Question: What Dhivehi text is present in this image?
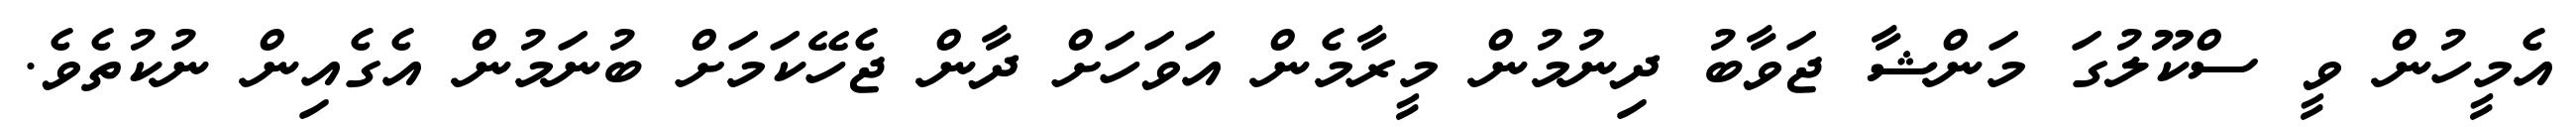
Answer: އެމީހުން ވީ ސްކޫލުގަ މަންޝާ ޖަވާބު ދިނުމުން މީރާމެން އަވަހަށް ދާން ޖެހޭކަމަށް ބުނަމުން އެގެއިން ނުކުތެވެ.